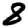
Digit: 8